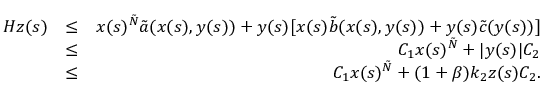
\begin{array} { r l r } { H z ( s ) } & { \leq } & { x ( s ) ^ { \tilde { N } } \tilde { a } ( x ( s ) , y ( s ) ) + y ( s ) [ x ( s ) \tilde { b } ( x ( s ) , y ( s ) ) + y ( s ) \tilde { c } ( y ( s ) ) ] } \\ & { \leq } & { C _ { 1 } x ( s ) ^ { \tilde { N } } + | y ( s ) | C _ { 2 } } \\ & { \leq } & { C _ { 1 } x ( s ) ^ { \tilde { N } } + ( 1 + \beta ) k _ { 2 } z ( s ) C _ { 2 } . } \end{array}